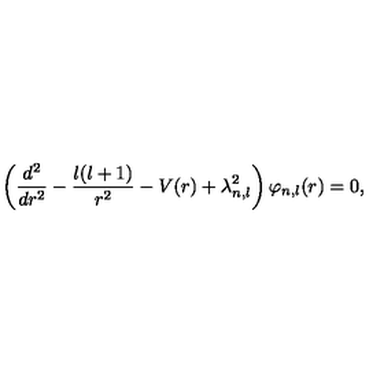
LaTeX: \left( \frac { d ^ { 2 } } { d r ^ { 2 } } - \frac { l ( l + 1 ) } { r ^ { 2 } } - V ( r ) + \lambda _ { n , l } ^ { 2 } \right) \varphi _ { n , l } ( r ) = 0 ,